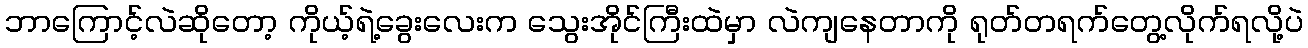
ဘာကြောင့်လဲဆိုတော့ ကိုယ့်ရဲ့ခွေးလေးက သွေးအိုင်ကြီးထဲမှာ လဲကျနေတာကို ရုတ်တရက်တွေ့လိုက်ရလို့ပဲ